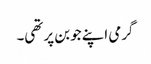
گرمی اپنے جوبن پر تھی۔